Report of the Indian Hemp Drugs Commission, 1894-1895 - Volume V
Year: 1894
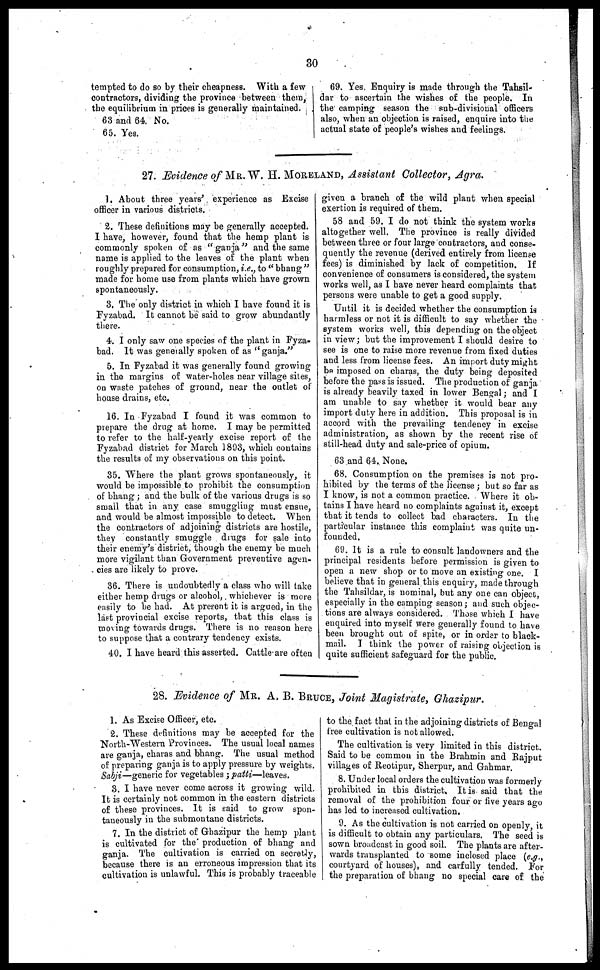
30
tempted to do so by their cheapness. With a few
contractors, dividing the province between them,
the equilibrium in prices is generally maintained.
63 and 64. No.
65. Yes.
69. Yes. Enquiry is made through the Tahsil-
dar to ascertain the wishes of the people. In
the camping season the sub-divisional officers
also, when an objection is raised, enquire into the
actual state of people's wishes and feelings.
27. Evidence of MR. W. H. MORELAND, Assistant Collector, Agra.
1. About three years', experience as Excise
officer in various districts.
1. These definitions may be generally accepted.
I have, however, found that the hemp plant is
commonly spoken of as "ganja" and the same
name is applied to the leaves of the plant when
roughly prepared for consumption, i.e., to " bhang "
made for home use from plants which have grown
spontaneously.
3. The only district in which I have found it is
Fyzabad. It cannot be said to grow abundantly
there.
4. I only saw one species of the plant in Fyza-
bad. It was generally spoken of as "ganja."
5. In Fyzabad it was generally found growing
in the margins of water-holes near village sites,
on waste patches of ground, near the outlet of
house drains, etc.
16. In Fyzabad I found it was common to
prepare the drug at home. I may be permitted
to refer to the half-yearly excise report of the
Fyzabad district for March 1803, which contains
the results of my observations on this point.
35. Where the plant grows spontaneously, it
would bo impossible to prohibit the consumption
of bhang ; and the bulk of the various drugs is so
small that in any case smuggling must ensue,
and would be almost impossible to detect. When
the contractors of adjoining districts are hostile,
they constantly smuggle drugs for sale into
their enemy's district, though the enemy be much
more vigilant than Government preventive agen-
cies are likely to prove.
36. There is undoubtedly a class who will lake
either hemp drugs or alcohol, whichever is more
easily to be had. At present it is argued, in the
last provincial excise reports, that this class is
moving towards drugs. There is no reason here
to suppose that a contrary tendency exists.
40. I have heard this asserted. Cattle are often
given a branch of the wild plant when special
exertion is required of them.
58 and 59. I do not think the system works
altogether well. The province is really divided
between three or four large contractors, and conse-
quently the revenue (derived entirely from license
fees) is diminished by lack of competition. If
convenience of consumers is considered, the system
works well, as I have never heard complaints that,
persons were unable to get a good supply.
Until it is decided whether the consumption is
harmless or not it is difficult to say whether the
system works well, this depending on the object
in view; but the improvement I should desire to
see is one to raise more revenue from fixed duties
and less from license fees. An import duty might
bo imposed on charas, the duty being deposited
before the pass is issued. The production of ganja
is already heavily taxed in lower Bengal; and I
am unable to say whether it would hear any
import duty here in addition. This proposal is in
accord with the prevailing tendency in excise
administration, as shown by the recent rise of
still-head duty and sale-price of opium.
63 and 64. None.
68. Consumption on the premises is not pro-
hibited by the terms of the license ; but so far as
I know, is not a common practice. Where it ob-
tains I have heard no complaints against it, except
that it tends to collect bad characters. In the
particular instance this complaint was quite un-
founded.
69. It is a rule to consult landowners and the
principal residents before permission is given to
open a new shop or to move an existing one. I
believe that in general this enquiry, made through
the Tahsildar, is nominal, hut any one can object,
especially in the camping season; and such objec-
tions are always considered. Those which I have
enquired into myself were generally found to have
been brought out of spite, or in order to black-
mail. I think the power of raising objection is
quite sufficient safeguard for the public.
28. Evidence of MR. A. B. BRUCE, Joint Magistrate, Ghazipur.
1. As Excise Officer, etc.
2. These definitions may be accepted for the
North-Western Provinces. The usual local names
are ganja, charas and bhang. The usual method
of preparing ganja is to apply pressure by weights.
Sabji—generic for vegetables ; patti—leaves.
3. I have never come across it growing wild.
It is certainly not common in the eastern districts
of these provinces. It is said to grow spon-
taneously in the submontane districts.
7. In the district of Ghazipur the hemp plant
is cultivated for the production of bhang and
ganja. The cultivation is carried on secretly,
because there is an erroneous impression that its
cultivation is unlawful. This is probably traceable
to the fact that in the adjoining districts of Bengal
free cultivation is not allowed.
The cultivation is very limited in this district.
Said to be common in the Brahmin and Rajput
villages of Reotipur, Sherpur, and Gahmar.
8. Under local orders the cultivation was formerly
prohibited in this district. It is said that the
removal of the prohibition four or live years ago
has led to increased cultivation.
9. As the cultivation is not carried on openly, it
is difficult to obtain any particulars. The seed is
sown broadcast in good soil. The plants are after-
wards transplanted to some inclosed place (e.g.,
courtyard of houses), and carfully tended. For
the preparation of bhang no special care of the